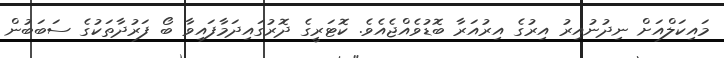
މައިކަލްއަށް ނިދުނުއިރު އިރުގެ އިރުއަރާ ބޮޑުވެއްޖެއެވެ. ކޮޓަރީގެ ދޮރުގައިދަމާފައިވާ ބޯ ފަރުދާތަކުގެ ސަބަބުން